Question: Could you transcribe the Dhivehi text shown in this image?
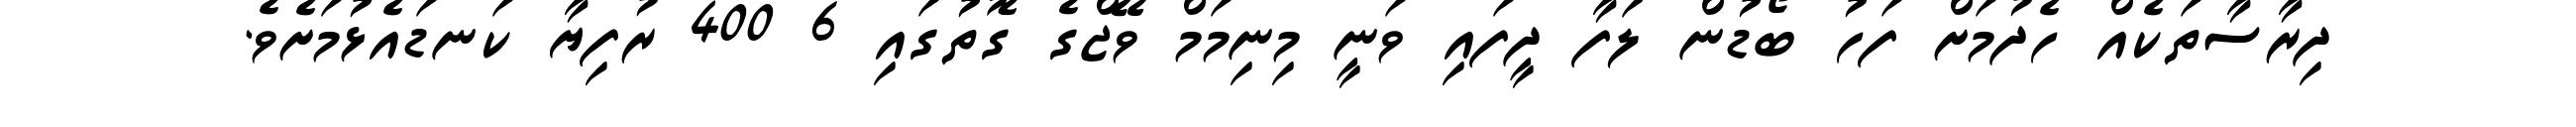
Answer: ދިރާސާތަކެއް ހެދުމަށް ފަހު ބޯޑުން ލަފާ ދީފައި ވަނީ މިނިމަމް ވޭޖްގެ ގޮތުގައި 6 400 ރުފިޔާ ކަނޑައެޅުމަށެވެ.